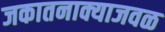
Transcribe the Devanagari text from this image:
जकातनाक्याजवळ